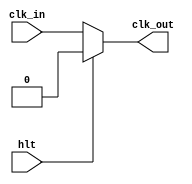
module clock(
	input hlt,
	input clk_in,
	output clk_out);

//stop the clock if hlt flag is 1
assign clk_out = (hlt) ? 1'b0 : clk_in;

endmodule